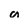
Character: a